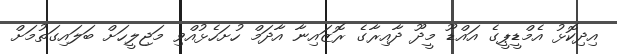
އިދިކޮޅު އެމްޑީޕީގެ އައްޑޫ މީދޫ ދާއިރާގެ ރޮޒައިނާ އާދަމް ހުށަހެޅުއްވި މަޖިލީހަށް ބަލައިގަތުމަށް